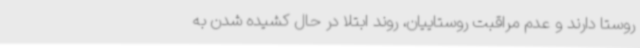
روستا دارند و عدم مراقبت روستاییان، روند ابتلا در حال کشیده شدن به